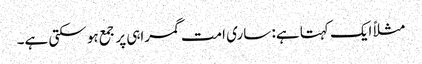
مثلاً ایک کہتا ہے: ساری امت گمراہی پر جمع ہو سکتی ہے۔